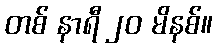
တစ် နာရီ ၂၀ မိနစ်။